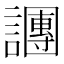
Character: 𬣍